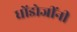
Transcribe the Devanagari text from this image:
धोंडोजींनी